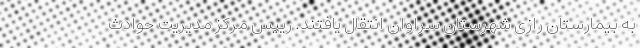
به بیمارستان رازی شهرستان سراوان انتقال یافتند. رییس مرکز مدیریت حوادث